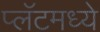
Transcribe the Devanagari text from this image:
प्लॅटमध्ये